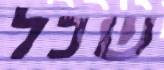
שכל